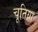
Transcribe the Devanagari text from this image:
चूतिया